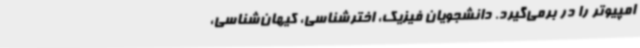
امپیوتر را در برمی‌گیرد. دانشجویان فیزیک، اخترشناسی، کیهان‌شناسی،